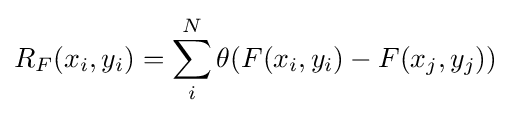
R_{F}(x_{i},y_{i})=\sum _{i}^{N}\theta (F(x_{i},y_{i})-F(x_{j},y_{j}))